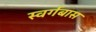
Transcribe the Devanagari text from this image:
स्वर्गबास